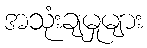
အသုံးချမှုများ